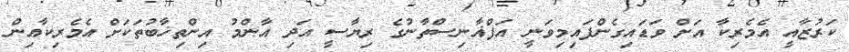
ކަރުޒާއީ އެމެރިކާ އަށް ވަޑައިގެންފައިމިވަނީ އަފްޣާނިސްތާނުގެ ރިޔާސީ އަދި އާންމު އިންތިޚާބުތަކަށް އެމެރިކާއިން